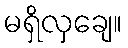
မရှိလှချေ။